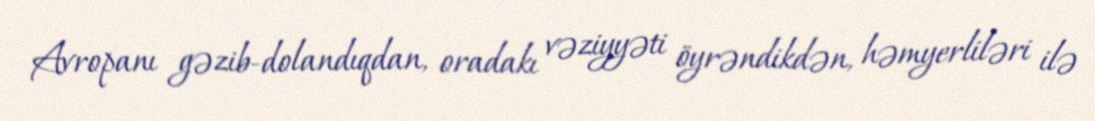
Avropanı gəzib-dolandıqdan, oradakı vəziyyəti öyrəndikdən, həmyerliləri ilə